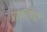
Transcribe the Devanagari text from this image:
प्राच्‍यविद्या